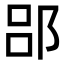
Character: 郘